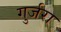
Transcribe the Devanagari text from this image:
गुर्जरा